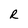
Character: R